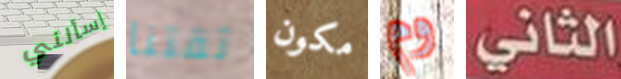
إسألني ثقتنا مكون وم الثاني